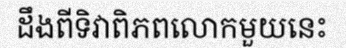
ដឹងពីទិវាពិភពលោកមួយនេះ